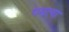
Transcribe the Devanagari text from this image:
गमत्या